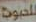
للصوت